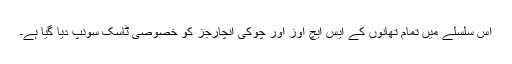
اس سلسلے میں تمام تھانوں کے ایس ایچ اوز اور چوکی انچارجز کو خصوصی ٹاسک سونپ دیا گیا ہے۔